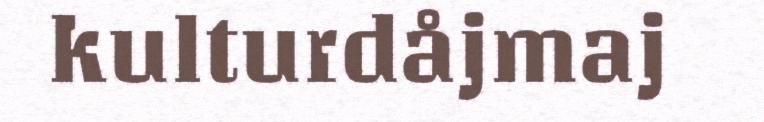
kulturdåjmaj